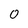
Character: 0